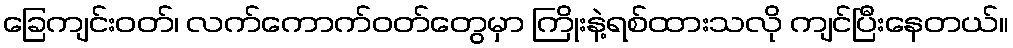
ခြေကျင်းဝတ်၊ လက်ကောက်ဝတ်တွေမှာ ကြိုးနဲ့ရစ်ထားသလို ကျင်ပြီးနေတယ်။